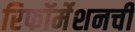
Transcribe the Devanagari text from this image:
रिफॉर्मेशनची